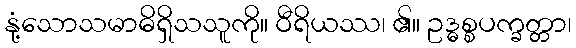
နုံ့သောသမာဓိရှိသသူကို။ ဝီရိယဿ၊ ၏။ ဥဒ္ဓစ္စပက္ခတ္တာ၊